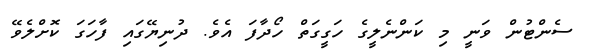
ސެންޓުން ވަނީ މި ކަންނެލީގެ ހަގީގަތް ހޯދާފަ އެވެ. ދުނިޔޭގައި ފާހަގަ ކޮށްލެވޭ